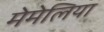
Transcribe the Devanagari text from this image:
मेमेलिया